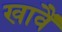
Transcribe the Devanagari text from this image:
खावैं